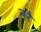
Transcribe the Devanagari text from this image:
नरै